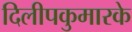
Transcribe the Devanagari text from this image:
दिलीपकुमारके